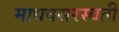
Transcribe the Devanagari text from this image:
माधवसरस्वती